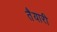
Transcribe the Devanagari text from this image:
तैेयारी